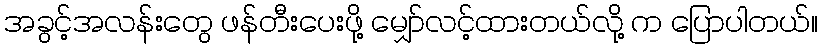
အခွင့်အလန်းတွေ ဖန်တီးပေးဖို့ မျှော်လင့်ထားတယ်လို့ က ပြောပါတယ်။